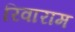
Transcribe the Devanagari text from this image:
रिवाराम